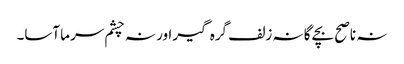
نہ ناصح بچے گا نہ زلف گرہ گیر اور نہ چشم سرما آسا۔